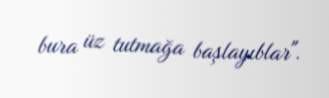
bura üz tutmağa başlayıblar".